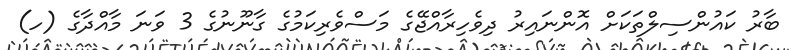
ބާރު ކައުންސިލްތަކަށް އޮންނައިރު ދިވެހިރާއްޖޭގެ މަސްވެރިކަމުގެ ގާނޫނުގެ 3 ވަނަ މާއްދާގެ (ހ)